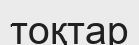
тоқтар